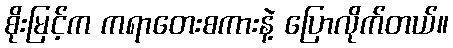
စိုးမြင့်က ကရာတေးစကားနဲ့ ပြောလိုက်တယ်။